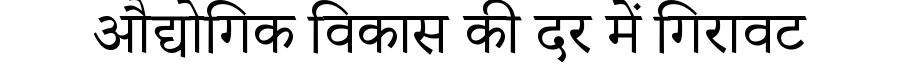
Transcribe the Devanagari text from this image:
औद्योगिक विकास की दर में गिरावट